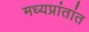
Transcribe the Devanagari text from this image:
मध्यप्रांतांत